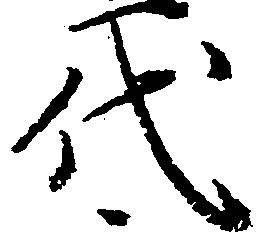
代